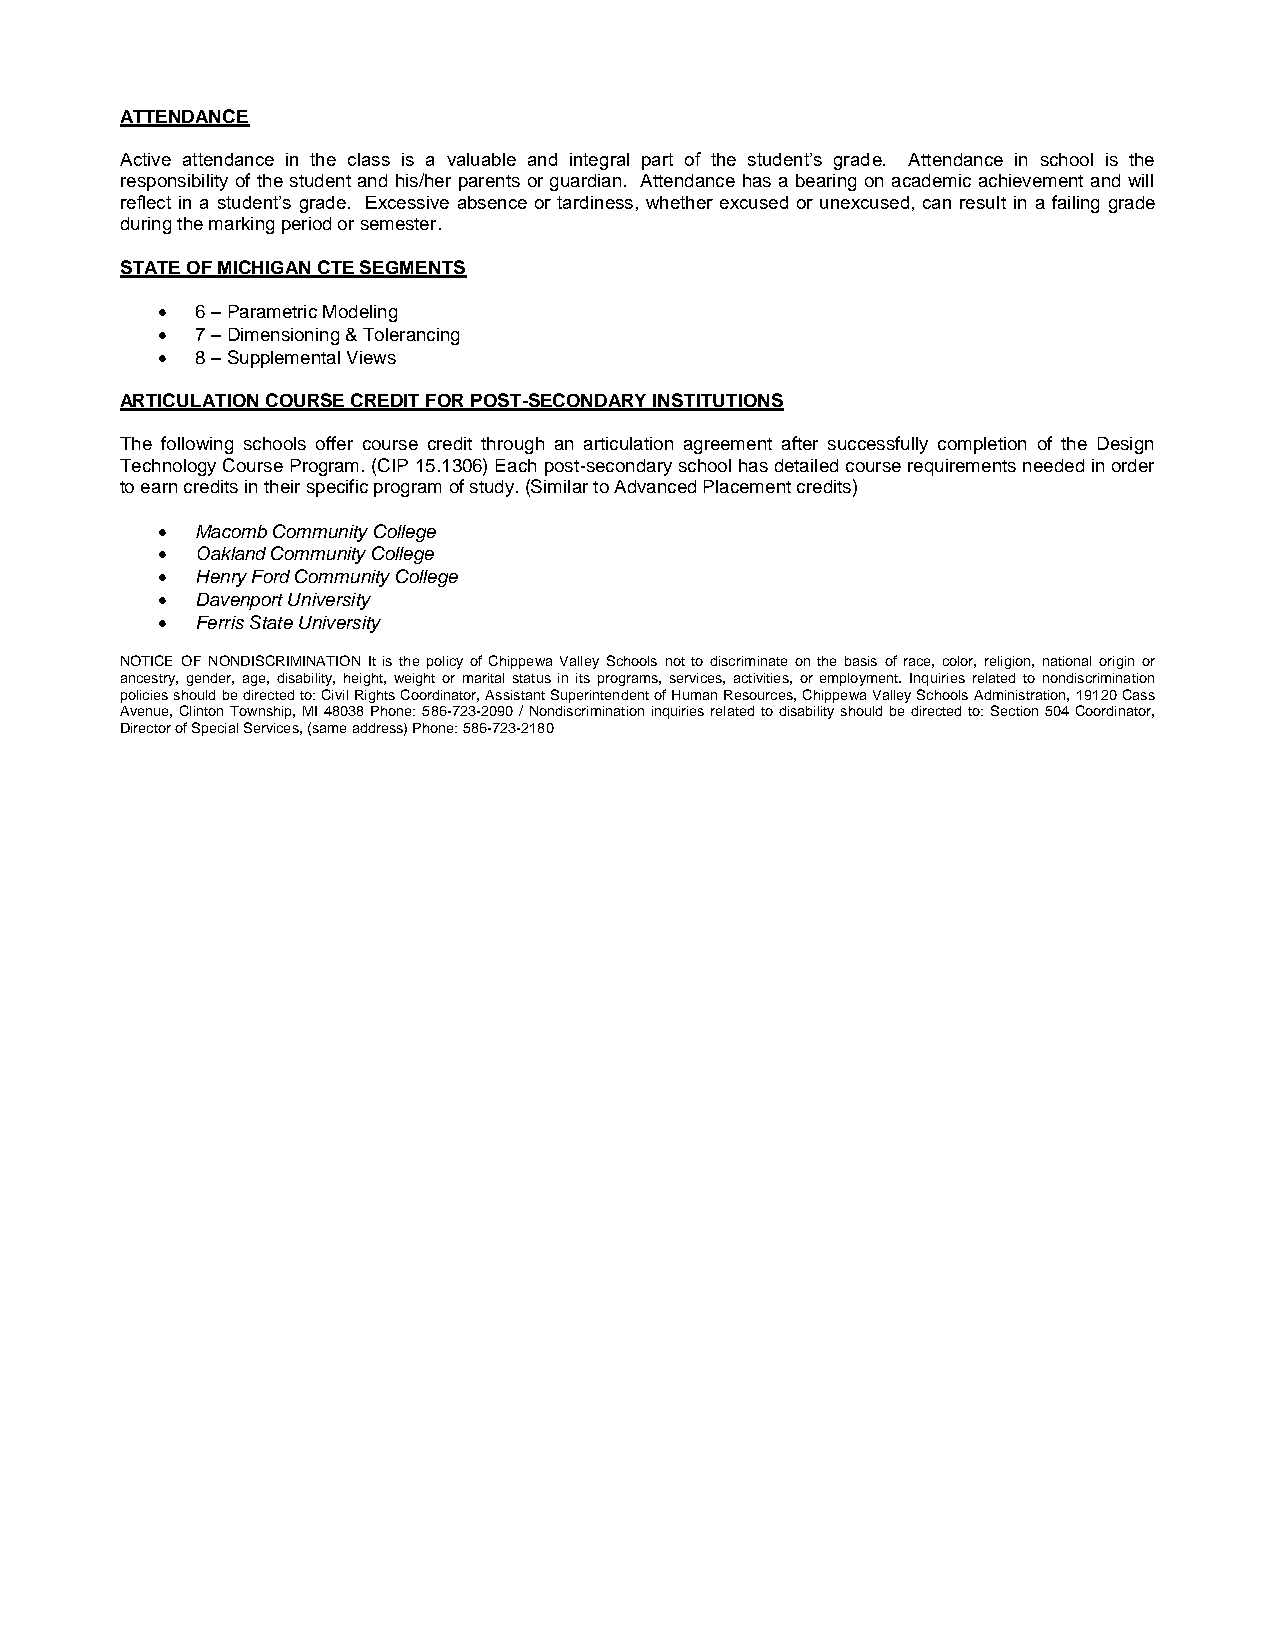
ATTENDANCE
 Active attendance in the class is a valuable and integral part of the student’s grade. Attendance in school is the
 responsibility of the student and his/her parents or guardian. Attendance has a bearing on academic achievement and will
 reflect in a student’s grade. Excessive absence or tardiness, whether excused or unexcused, can result in a failing grade
 during the marking period or semester.
 STATE OF MICHIGAN CTE SEGMENTS
 •  6 – Parametric Modeling
 •  7 – Dimensioning & Tolerancing
 •  8 – Supplemental Views
 ARTICULATION COURSE CREDIT FOR POST-SECONDARY INSTITUTIONS
 The following schools offer course credit through an articulation agreement after successfully completion of the Design
 Technology Course Program. (CIP 15.1306) Each post-secondary school has detailed course requirements needed in order
 to earn credits in their specific program of study. (Similar to Advanced Placement credits)
 •  Macomb Community College
 •  Oakland Community College
 •  Henry Ford Community College
 •  Davenport University
 •  Ferris State University
 NOTICE OF NONDISCRIMINATION It is the policy of Chippewa Valley Schools not to discriminate on the basis of race, color, religion, national origin or
 ancestry, gender, age, disability, height, weight or marital status in its programs, services, activities, or employment. Inquiries related to nondiscrimination
 policies should be directed to: Civil Rights Coordinator, Assistant Superintendent of Human Resources, Chippewa Valley Schools Administration, 19120 Cass
 Avenue, Clinton Township, MI 48038 Phone: 586-723-2090 / Nondiscrimination inquiries related to disability should be directed to: Section 504 Coordinator,
 Director of Special Services, (same address) Phone: 586-723-2180